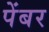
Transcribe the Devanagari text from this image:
पेंबर